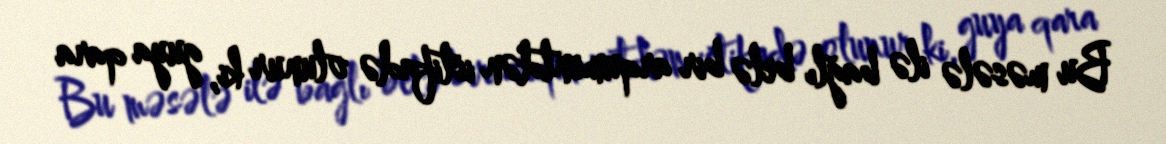
Bu məsələ ilə bağlı belə bir arqumentdən istifadə olunur ki, guya qara